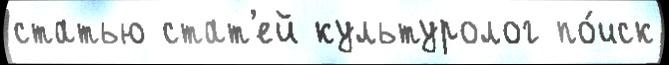
статью стат'ей культуролог по́иск